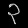
Digit: ၃